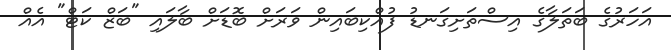
އަހަރުގެ ބަތަލާގެ އިސްތަށިގަނޑު ފުއްކިބައިން ވަރަށް ބޮޑަށް ބާލައި "ބަޒް ކަޓް" އެއް